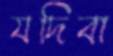
যদিবা